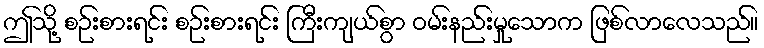
ဤသို့ စဉ်းစားရင်း စဉ်းစားရင်း ကြီးကျယ်စွာ ဝမ်းနည်းမှုသောက ဖြစ်လာလေသည်။